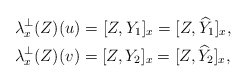
\begin{align*} &\lambda_x^\perp(Z)(u) = [Z, Y_1]_x = [Z, \widehat{Y}_1]_x, \\ &\lambda_x^\perp(Z)(v) = [Z, Y_2]_x = [Z, \widehat{Y}_2]_x, \end{align*}